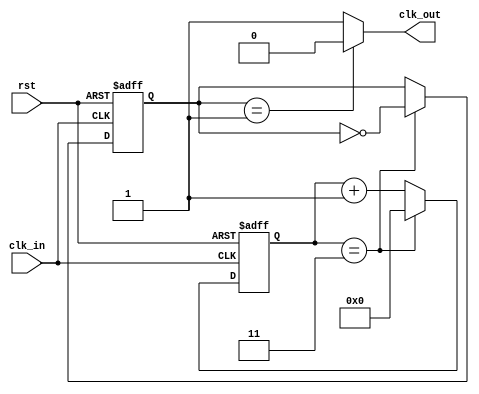
module dual_modulus_clock_divider (
  input wire clk_in,
  input wire rst,
  output wire clk_out
);

parameter M = 3; // Modulus value
reg [1:0] counter;
reg [15:0] count;

always @ (posedge clk_in or posedge rst) begin
  if (rst) begin
    counter <= 2'b00;
    count <= 0;
  end else begin
    count <= count + 1;
    if (count == M) begin
      counter <= ~counter;
      count <= 0;
    end
  end
end

assign clk_out = (counter == 2'b01) ? 1'b0 : 1'b1;

endmodule